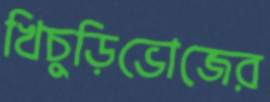
খিচুড়িভোজের